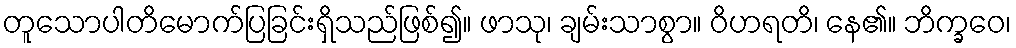
တူသောပါတိမောက်ပြခြင်းရှိသည်ဖြစ်၍။ ဖာသု၊ ချမ်းသာစွာ။ ဝိဟရတိ၊ နေ၏။ ဘိက္ခဝေ၊